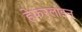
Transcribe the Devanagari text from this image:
हेफरलाइन